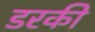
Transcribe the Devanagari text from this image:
डरकी